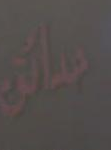
حدائق